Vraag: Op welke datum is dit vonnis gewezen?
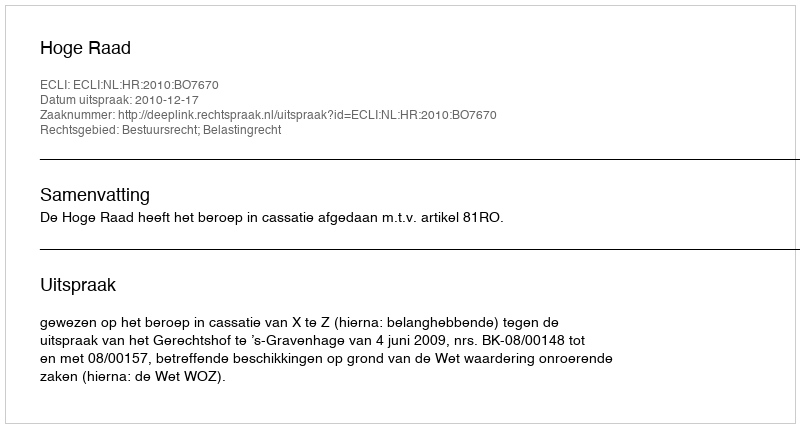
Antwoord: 2010-12-17